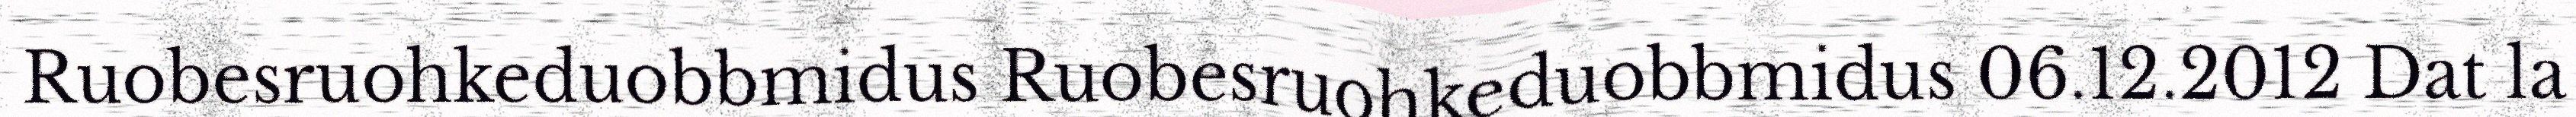
Ruobesruohkeduobbmidus Ruobesruohkeduobbmidus 06.12.2012 Dat la